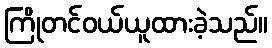
ကြိုတင်ဝယ်ယူထားခဲ့သည်။